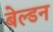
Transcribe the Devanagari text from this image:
बेल्डन